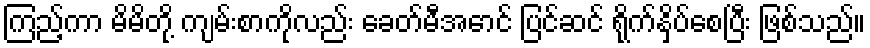
ကြည့်ကာ မိမိတို့ ကျမ်းစာကိုလည်း ခေတ်မီအောင် ပြင်ဆင် ရိုက်နှိပ်စေပြီး ဖြစ်သည်။